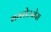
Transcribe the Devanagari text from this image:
मससेउसेस